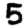
Digit: 5